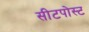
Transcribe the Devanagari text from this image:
सीटपोस्ट